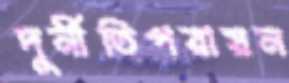
দুর্নীতিপরায়ন